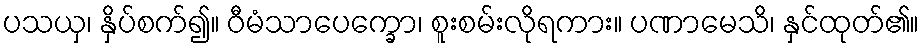
ပသယှ၊ နှိပ်စက်၍။ ဝီမံသာပေက္ခော၊ စူးစမ်းလိုရကား။ ပဏာမေသိ၊ နှင်ထုတ်၏။